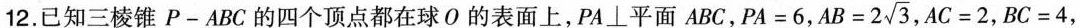
12.已知三棱锥P-ABC的四个顶点都在球O的表面上，$$PA\bot平面ABC$$，$$PA=6$$，$$AB=2\sqrt{3}$$，$$AC=2$$，$$BC=4$$，